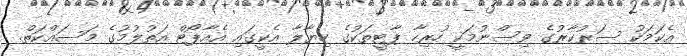
އެކަމަކު ސަރުކާރުގެ ވިސްނުމަކީ ހުރިހާ ޕާޓީތަކުގެ ހިޔާލާ އެކީގައި އެއާޕޯޓް އަތުލުމުގެ މަސައްކަތް.